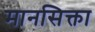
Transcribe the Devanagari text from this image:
मानसिक्ता